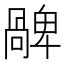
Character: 𠧅